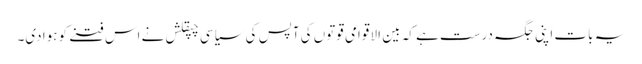
یہ بات اپنی جگہ درست ہے کہ بین الا قوامی قوتوں کی آپس کی سیاسی چپقلش نے اس فتنے کو ہوا دی۔